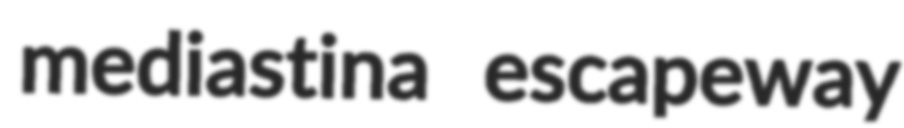
mediastina escapeway